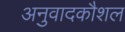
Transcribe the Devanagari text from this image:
अनुवादकौशल